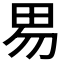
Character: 𰢽